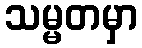
သမ္မတမှာ